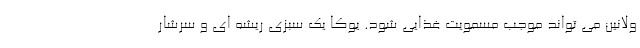
ولانين مي تواند موجب مسمويت غذايي شود. يوكا يك سبزي ريشه اي و سرشار